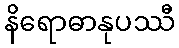
နိရောဓာနုပဿီ